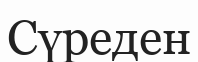
Сүреден